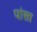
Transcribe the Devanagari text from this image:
पांसा